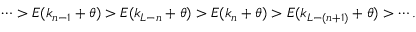
\begin{array} { r } { \cdots > E ( k _ { n - 1 } + \theta ) > E ( k _ { L - n } + \theta ) > E ( k _ { n } + \theta ) > E ( k _ { L - ( n + 1 ) } + \theta ) > \cdots . } \end{array}